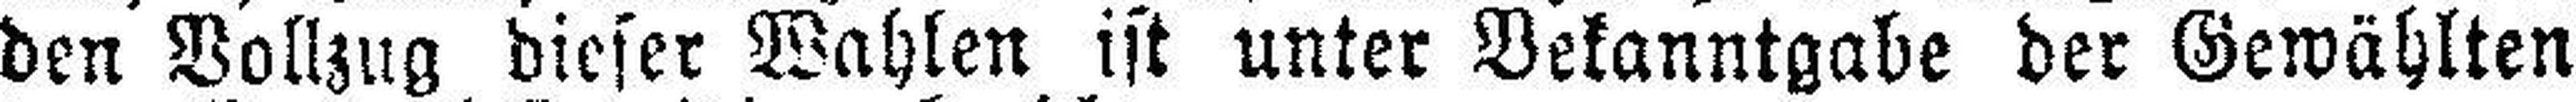
den Vollzug dieser Wahlen ist unter Bekanntgabe der Gewählten